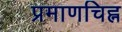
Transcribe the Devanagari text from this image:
प्रमाणचिह्न